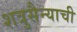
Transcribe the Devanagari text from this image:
शत्रुसैन्याची